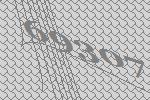
69307